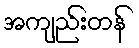
အကျည်းတန်